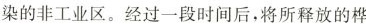
染的非工业区。经过一段时间后，将所释放的桦